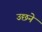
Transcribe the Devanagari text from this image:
उछने